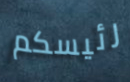
رئيسكم